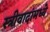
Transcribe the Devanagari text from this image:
स्त्रीवादांमध्ये